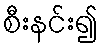
စီးနင်း၍